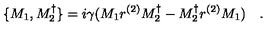
\, \{ M _ { 1 } , M _ { 2 } ^ { \dagger } \} = i \gamma ( M _ { 1 } r ^ { ( 2 ) } M _ { 2 } ^ { \dagger } - M _ { 2 } ^ { \dagger } r ^ { ( 2 ) } M _ { 1 } ) \quad .